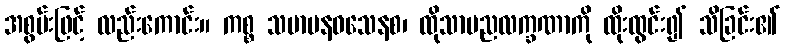
အစွမ်းဖြင့် လည်းကောင်း။ ကစ္စ သမာပနဝသေနစ၊ ထိုသာမညလက္ခဏာကို ထိုးထွင်း၍ သိခြင်း၏